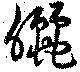
晒